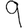
Digit: 9